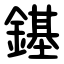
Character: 䥓